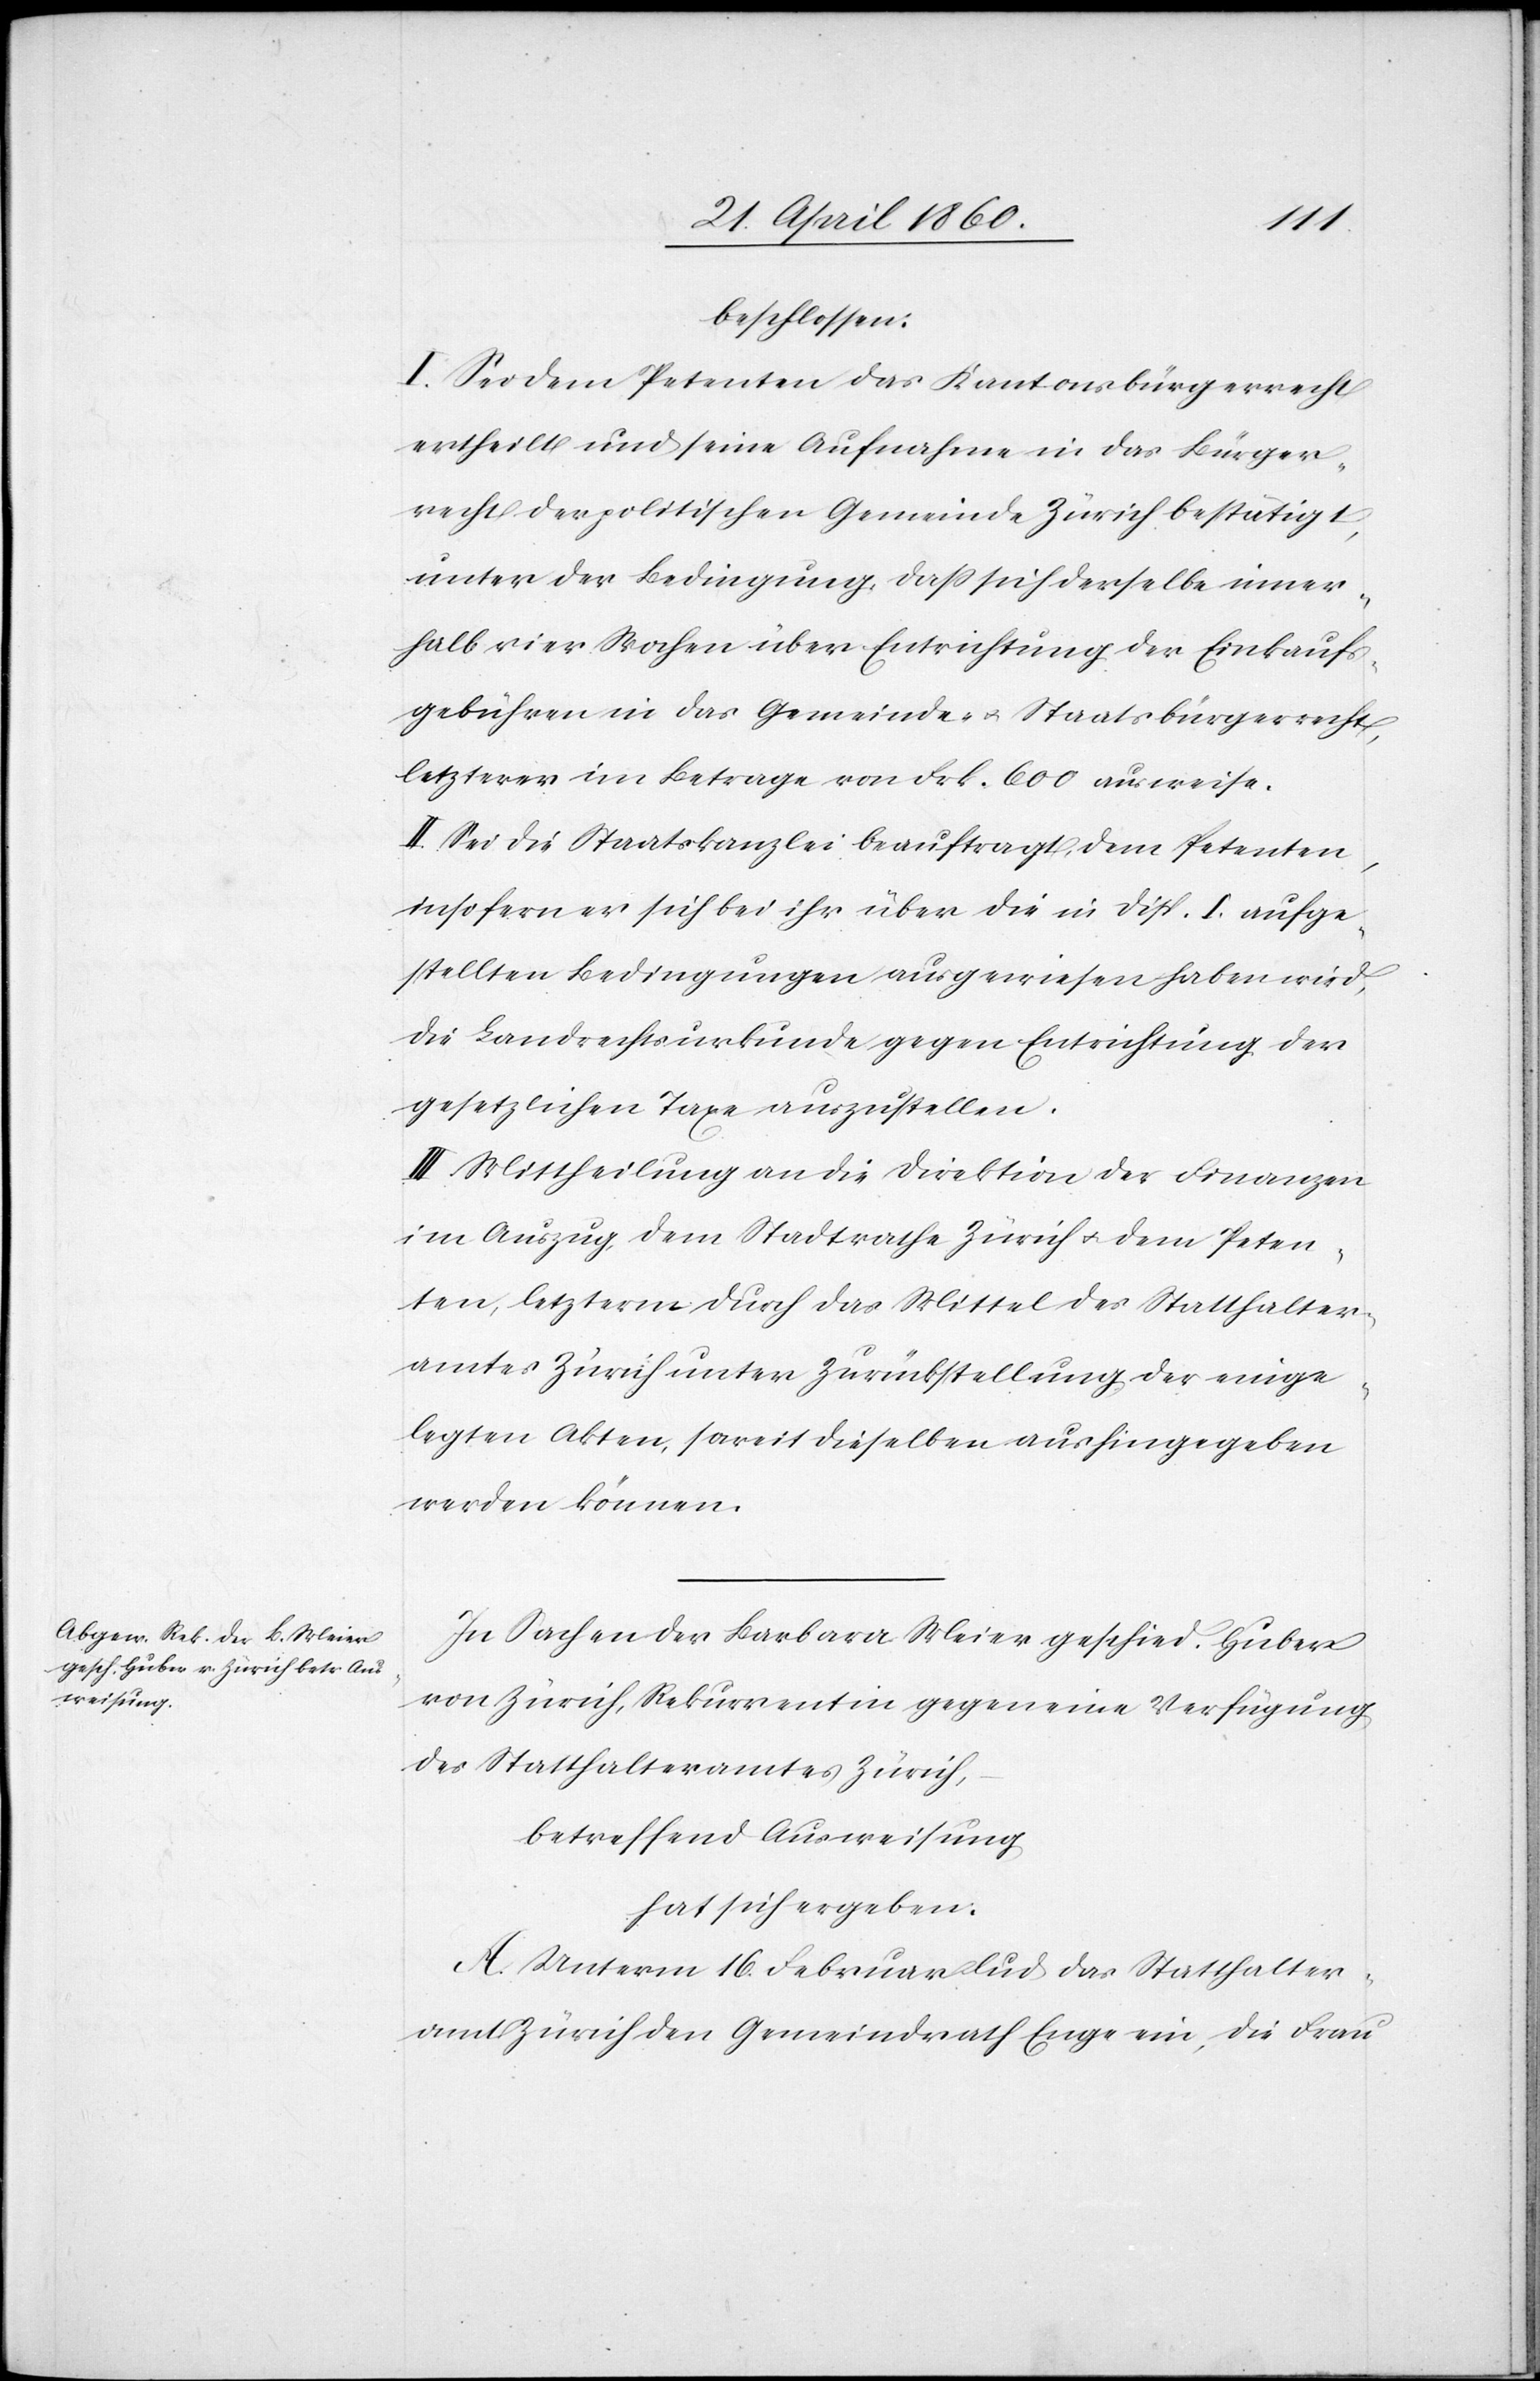
beschlossen:
I. Sei dem Petenten das Kantonsbürgerrecht
ertheilt und seine Aufnahme in das Bürger¬
recht der politischen Gemeinde Zürich bestätigt,
unter der Bedingung, dass sich derselbe inner¬
halb vier Wochen über Entrichtung der Einkaufs¬
gebühren in das Gemeinde- u. Staatsbürgerrecht,
letzterer im Betrage von Frk. 600 ausweise.
II. Sei die Staatskanzlei beauftragt, dem Petenten
insofern er sich bei ihr über die in Disp. I. aufge¬
stellten Bedingungen ausgewiesen haben wird,
die Landrechtsurkunde gegen Entrichtung der
gesetzlichen Taxe auszustellen.
III. Mittheilung an die Direktion der Finanzen
im Auszug, dem Stadtrathe Zürich u. dem Peten¬
ten, letzterm durch das Mittel des Statthalter¬
amtes Zürich unter Zurückstellung der einge¬
legten Akten, soweit dieselben aushingegeben
werden können.
In Sachen der Barbara Meier geschied. Huber
von Zürich, Rekurrentin gegen eine Verfügung
des Statthalteramtes Zürich,
betreffend Ausweisung
hat sich ergeben:
A. Unterm 16. Februar lud das Statthalter¬
amt Zürich den Gemeindrath Enge ein, die Frau